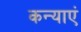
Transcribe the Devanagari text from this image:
कन्‍याएं